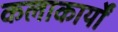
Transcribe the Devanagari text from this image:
कलाकार्यों